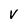
Character: V